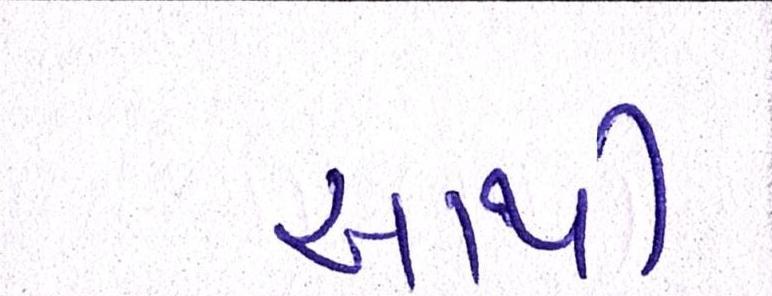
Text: આથી